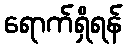
ရောက်ရှိရန်